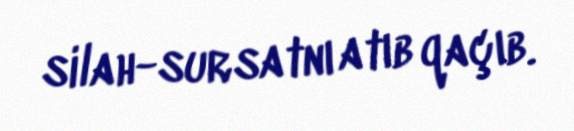
silah-sursatnı atıb qaçıb.